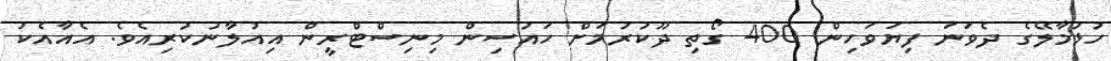
ހުޅުމާލޭގެ ދެވަނަ ފިޔަވަހިން 400 ގޯތި ދޫކުރުމަށް ހައުސިން މިނިސްޓްރީން އިއުލާނުކުރިއެވެ. އެއާއެކު